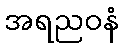
အရညဝနံ